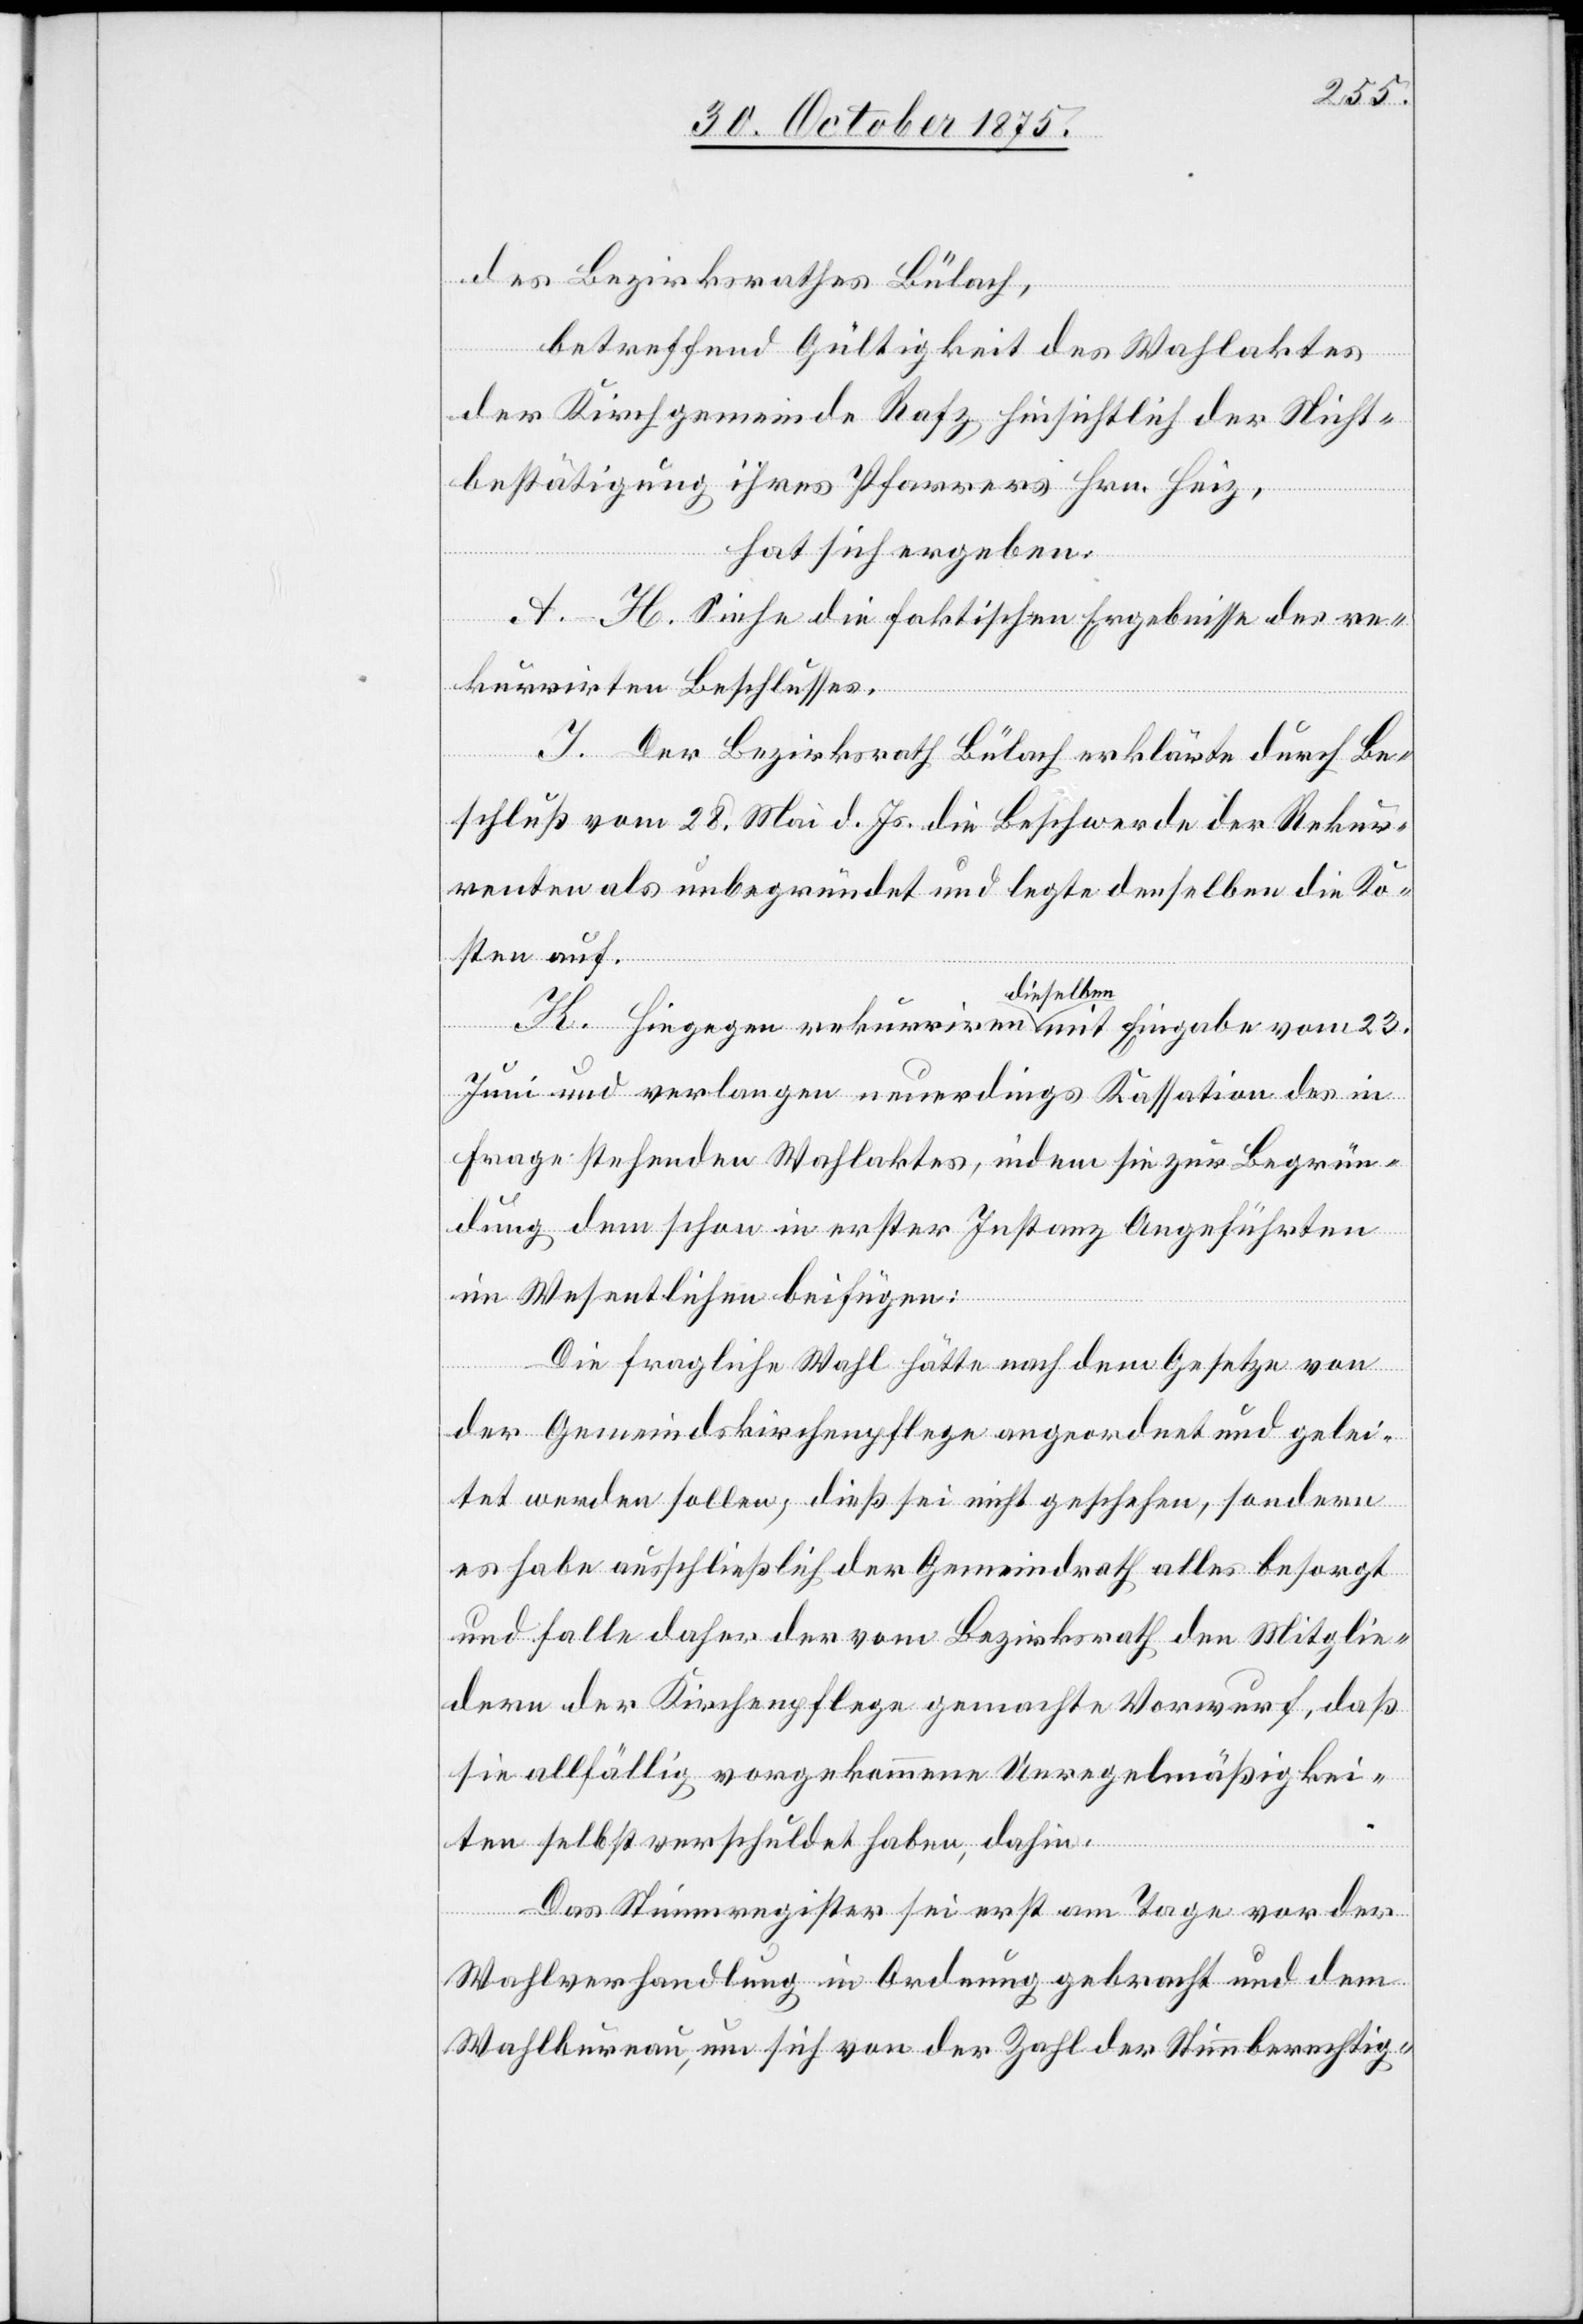
des Bezirksrathes Bülach,
betreffend Gültigkeit des Wahlaktes
der Kirchgemeinde Rafz hinsichtlich der Nicht¬
bestätigung ihres Pfarrers Hrn. Heiz,
hat sich ergeben:
A–H. Siehe die faktischen Ergebnisse des re¬
kurrirten Beschlusses.
I. Der Bezirksrath Bülach erklärte durch Be¬
schluß vom 28. Mai d. Js. die Beschwerde der Rekur¬
renten als unbegründet und legte denselben die Ko¬
sten auf.
K. Hiegegen rekurriren dieselben mit Eingabe vom 23.
Juni und verlangen neuerdings Kassation des in
Frage stehenden Wahlaktes, indem sie zur Begrün¬
dung dem schon in erster Instanz Angeführten
im Wesentlichen beifügen:
Die fragliche Wahl hätte nach dem Gesetze von
der Gemeindskirchenpflege angeordnet und gelei¬
tet werden sollen; dieß sei nicht geschehen, sondern
es habe ausschließlich der Gemeindrath alles besorgt
und falle daher der vom Bezirksrath den Mitglie¬
dern der Kirchenpflege gemachte Vorwurf, daß
sie allfällig vorgekommene Unregelmäßigkei¬
ten selbst verschuldet haben, dahin.
Das Stimmregister sei erst am Tage vor der
Wahlverhandlung in Ordnung gebracht und dem
Wahlbureau, um sich von der Zahl der Stimmberechtig-